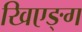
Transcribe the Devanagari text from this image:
खिएङ्ग